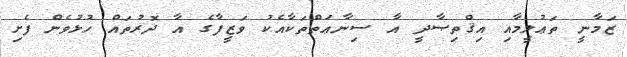
ޒަމާނީ ތަޢުލީމާއި އިޤްތިޞާދީ އާ ސިނާޢަތްތަކާއެކު ވަޒީފާގެ އާ ދޮރުތައް ހުޅުވެން ފެށި